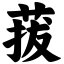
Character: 菝